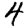
Digit: 4